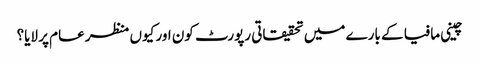
چینی مافیا کے بارے میں تحقیقاتی رپورٹ کون اور کیوں منظر عام پر لایا؟